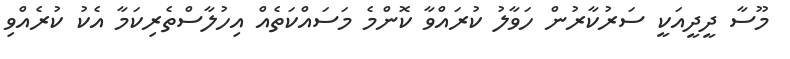
މޫސާ ދީދީއަކީ ސަރުކާރުން ހަވާލު ކުރައްވާ ކޮންމެ މަސައްކަތެއް އިހުލާސްތެރިކަމާ އެކު ކުރެއްވި